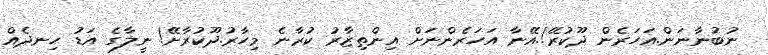
ނުބުނާނަން.އަހަރެން ދޫކުރޭ!.އޭނާ އަހަރެންނަށް އިންތިޒާރު ކުރާނެ މިހާރު.ދޫކުރާށޭ! ނީލާގެ އަޑު ހިނދެއް